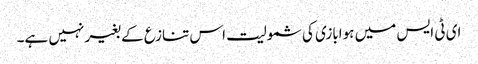
ای ٹی ایس میں ہوابازی کی شمولیت اس تنازع کے بغیر نہیں ہے۔